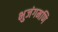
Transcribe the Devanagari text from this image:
भुजंगमणि